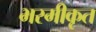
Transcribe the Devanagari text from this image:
भस्मीकृत